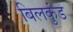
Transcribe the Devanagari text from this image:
बिलकुंड